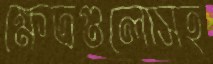
ক্ষেত্রগুলোসহ